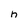
Character: h